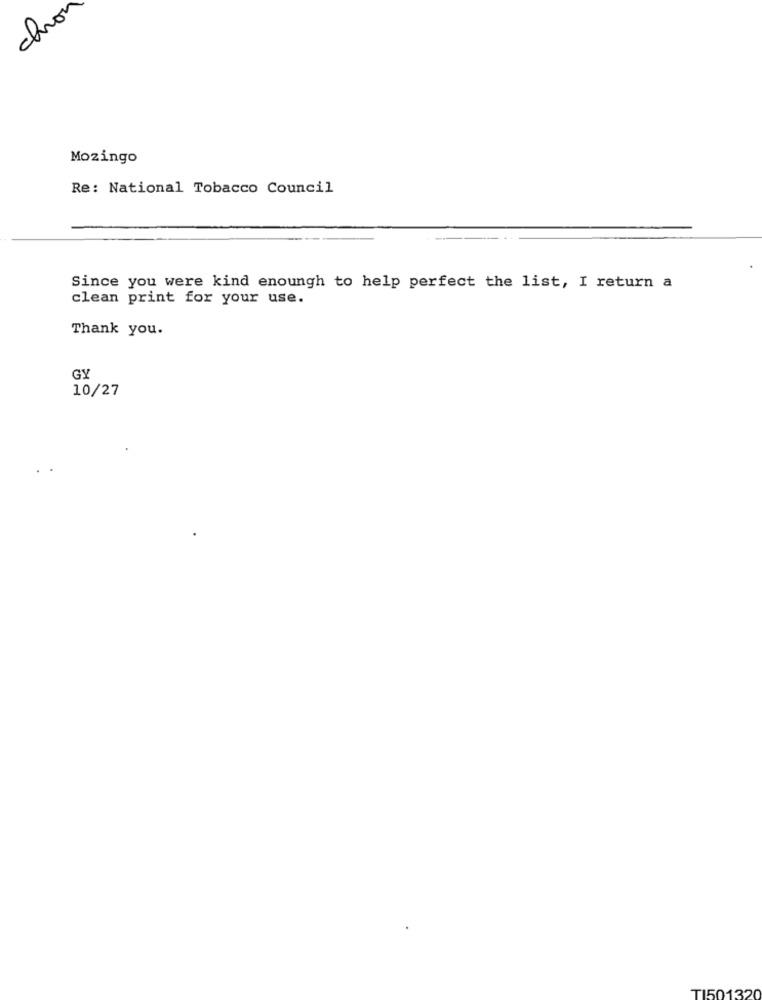
chov
Mozingo
Re: National Tobacco Council
Since you were kind enoungh to help perfect the list, I return a
clean print for your use.
Thank you.
GY
10/27
TI501320